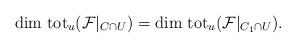
LaTeX: \begin{align*}{\rm dim\ tot}_u({\cal F}|_{C\cap U})={\rm dim\ tot}_u({\cal F}|_{C_1\cap U}).\end{align*}